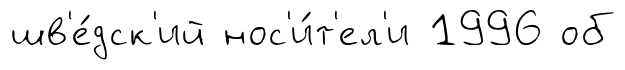
шв'е́дск'ий нос'и́т'ел'и 1996 об